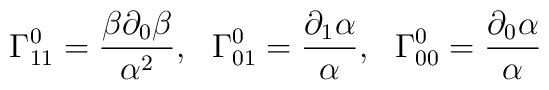
\Gamma_{11}^0 = \frac{\beta \partial_0 \beta}{\alpha^2},  \ \   \Gamma_{01}^0 = \frac{\partial_1 \alpha}{\alpha},  \ \   \Gamma_{00}^0 = \frac{\partial_0 \alpha}{\alpha}